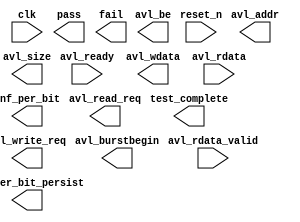

module ddr2_traffic_gen (
	clk,
	reset_n,
	pass,
	fail,
	test_complete,
	avl_ready,
	avl_addr,
	avl_size,
	avl_wdata,
	avl_rdata,
	avl_write_req,
	avl_read_req,
	avl_rdata_valid,
	avl_be,
	avl_burstbegin,
	pnf_per_bit,
	pnf_per_bit_persist);	

	input		clk;
	input		reset_n;
	output		pass;
	output		fail;
	output		test_complete;
	input		avl_ready;
	output	[24:0]	avl_addr;
	output	[1:0]	avl_size;
	output	[31:0]	avl_wdata;
	input	[31:0]	avl_rdata;
	output		avl_write_req;
	output		avl_read_req;
	input		avl_rdata_valid;
	output	[3:0]	avl_be;
	output		avl_burstbegin;
	output	[31:0]	pnf_per_bit;
	output	[31:0]	pnf_per_bit_persist;
endmodule